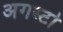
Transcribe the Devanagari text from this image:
अगस्टो